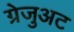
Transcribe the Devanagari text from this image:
ग्रेजुअट